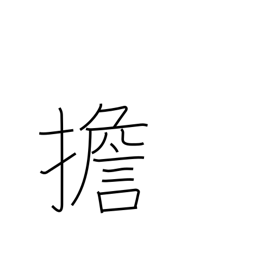
Meaning: carry